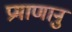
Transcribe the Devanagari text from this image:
प्रमाणानु